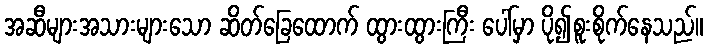
အဆီများအသားများသော ဆိတ်ခြေထောက် ထွားထွားကြီး ပေါ်မှာ ပို၍စူးစိုက်နေသည်။